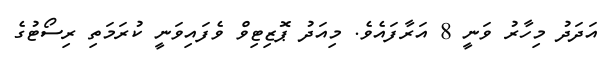
އަދަދު މިހާރު ވަނީ 8 އަރާފައެވެ. މިއަދު ޕޮޒިޓިވް ވެފައިވަނީ ކުރަމަތި ރިސޯޓުގެ